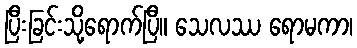
ပြီးခြင်းသို့ရောက်ပြီ။ သေလဿ ရောမကာ၊